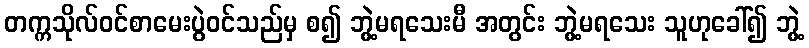
တက္ကသိုလ်ဝင်စာမေးပွဲဝင်သည်မှ စ၍ ဘွဲ့မရသေးမီ အတွင်း ဘွဲ့မရသေး သူဟုခေါ်၍ ဘွဲ့